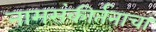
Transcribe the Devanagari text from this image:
नामसंकीर्तनाचा